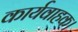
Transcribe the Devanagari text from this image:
कार्यवाहक।